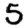
Digit: 5